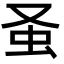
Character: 𧈡